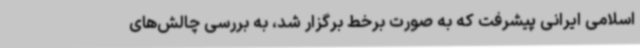
اسلامی ایرانی پیشرفت که به صورت برخط برگزار شد، به بررسی چالش‌های